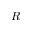
R